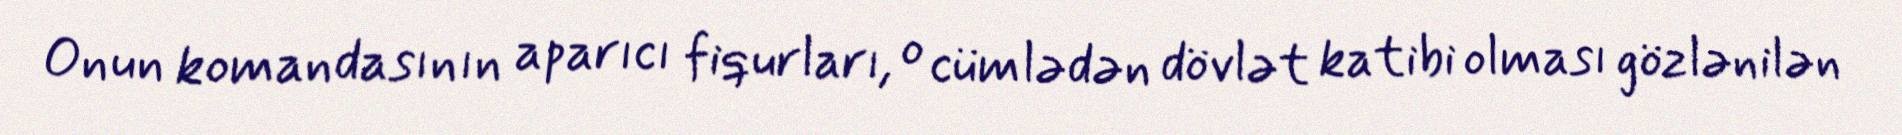
Onun komandasının aparıcı fiqurları, o cümlədən dövlət katibi olması gözlənilən